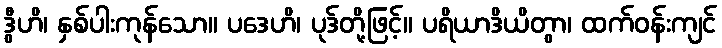
ဒွီဟိ၊ နှစ်ပါးကုန်သော။ ပဒေဟိ၊ ပုဒ်တို့ဖြင့်။ ပရိယာဒိယိတွာ၊ ထက်ဝန်းကျင်